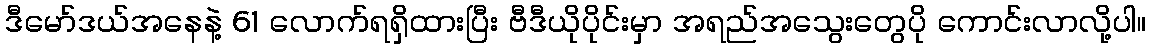
ဒီမော်ဒယ်အနေနဲ့ 61 လောက်ရရှိထားပြီး ဗီဒီယိုပိုင်းမှာ အရည်အသွေးတွေပို ကောင်းလာလို့ပါ။